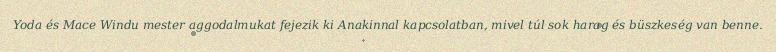
Yoda és Mace Windu mester aggodalmukat fejezik ki Anakinnal kapcsolatban, mivel túl sok harag és büszkeség van benne.